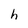
Character: h